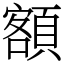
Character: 額